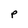
Character: P